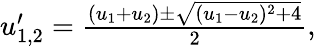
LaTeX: \begin{array}{r}{u_{1,2}^{\prime}=\frac{(u_{1}+u_{2})\pm\sqrt{(u_{1}-u_{2})^{2}+4}}{2},}\end{array}